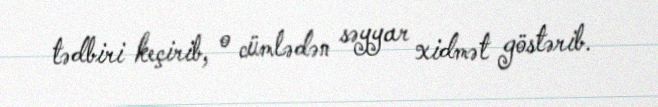
tədbiri keçirib, o cümlədən səyyar xidmət göstərib.